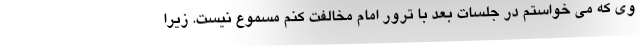
وی که می خواستم در جلسات بعد با ترور امام مخالفت کنم مسموع نیست. زیرا